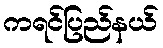
ကရင်ပြည်နယ်